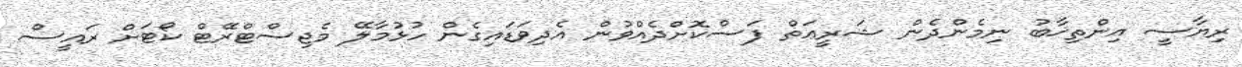
ރިޔާސީ އިންތިޚާބު ނިމެންދެން ޝަރީޢަތް ފަސްކޮށްދެއްވުން އެދިވަޑައިގެން ހުޅުމާލޭ މެޖިސްޓްރޭޓް ކޯޓަށް ރައީސް